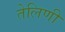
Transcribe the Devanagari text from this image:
तेलिणी